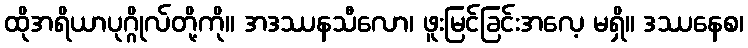
ထိုအရိယာပုဂ္ဂိုလ်တို့ကို။ အဒဿနသီလော၊ ဖူးမြင်ခြင်းအလေ့ မရှိ။ ဒဿနေစ၊